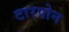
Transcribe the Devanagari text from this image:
टारपोन